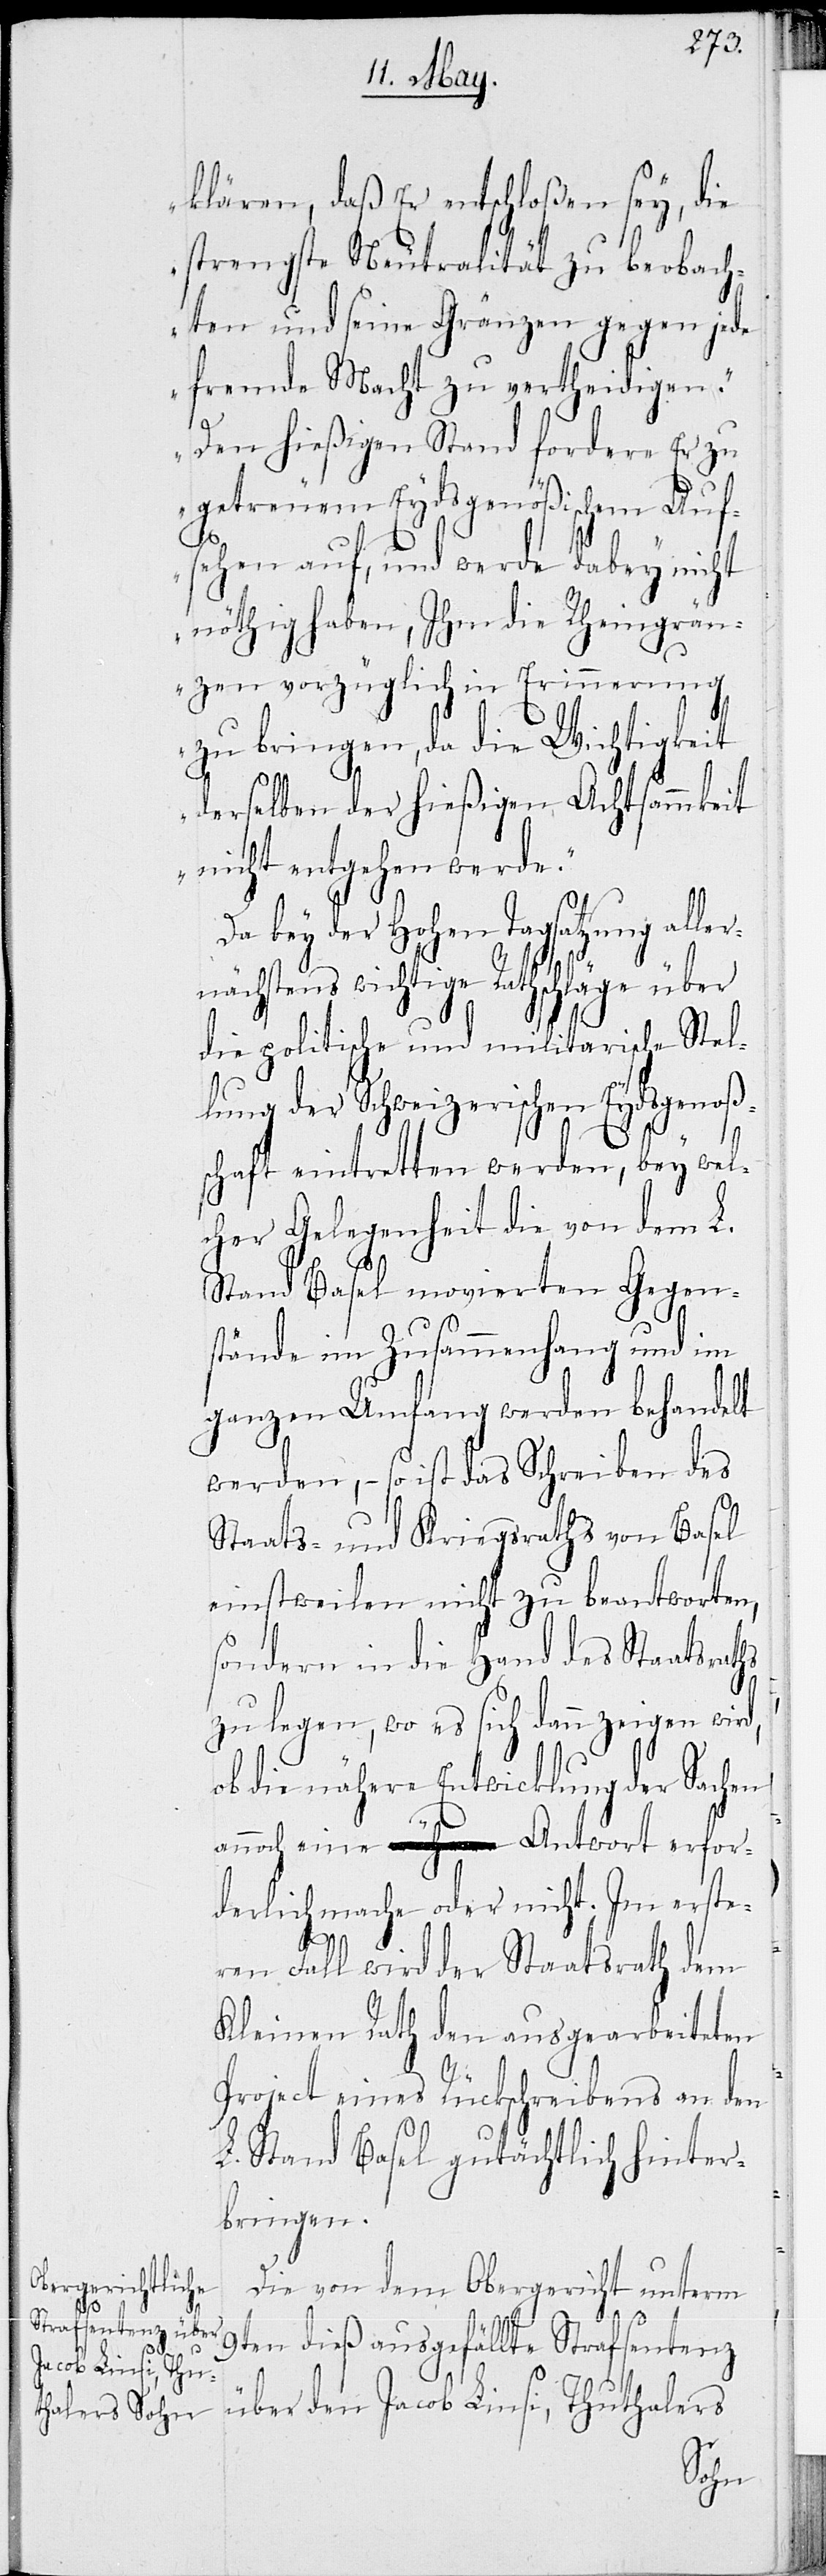
klären, daß Er entschloßen sey, die
strengste Neutralität zu beobach¬
ten, und seine Gränzen gegen jede
fremde Macht zu vertheidigen.
Den hießigen Stand fordere er zu
getreuem Eydsgenößischem Auf¬
sehen auf, und werde dabey nicht
nöthig haben, Ihm die Rheingrän¬
zen vorzüglich in Erinnerung
zu bringen, da die Wichtigkeit
derselben der hießigen Achtsammkeit
nicht entgehen werde.“
Da bey der Hohen Tagsatzung aller¬
nächstens wichtige Rathsschläge über
die politische und militarische Stel¬
lung der Schweizerischen Eydsgenoße¬
schaft eintretten werden, bey wel¬
cher Gelegenheit die von dem L.
Stand Basel movierten Gegen¬
stände im Zusammenhang und im
ganzen Umfang werden behandelt
werden, – so ist das Schreiben des
Staats- und Kriegsraths von Basel
einstweilen nicht zu beantworten,
sondern in die Hand des Staatsraths
zu legen, wo es sich dann zeigen wird,
ob die nähere Entwicklung der Sachen
annoch eine Antwort erfor¬
derlich mache oder nicht. Im erste¬
n¬
ren Fall wird der Staatsrath dem
Kleinen Rath den ausgearbeiteten
Project eines Rückschreibens an den
L. Stand Basel gutächtlich hinter¬
bringen.
Die von dem Obergericht unterm
9ten dieß ausgefällte Strafsentenz
über den Jacob Linsi, Thuthalers